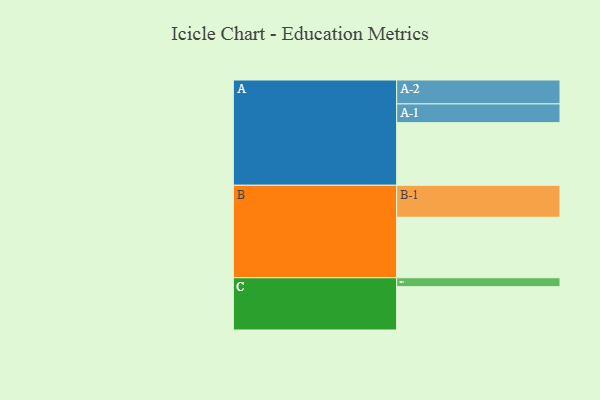
{"axis": {"x": "Segment", "y": "Value"}, "legend": ["", "A", "B", "C"], "data": [{"x": "A", "y": 568, "type": ""}, {"x": "B", "y": 549, "type": ""}, {"x": "C", "y": 393, "type": ""}, {"x": "A-1", "y": 170, "type": "A"}, {"x": "A-2", "y": 217, "type": "A"}, {"x": "B-1", "y": 290, "type": "B"}, {"x": "C-1", "y": 81, "type": "C"}]}